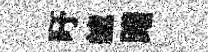
吁艫躇